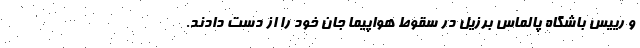
و رییس باشگاه پالماس برزیل در سقوط هواپیما جان خود را از دست دادند.